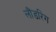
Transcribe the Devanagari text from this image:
लौंडरिंग